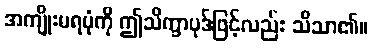
အကျိုးမရပုံကို ဤသိက္ခာပုဒ်ဖြင့်လည်း သိသာ၏။